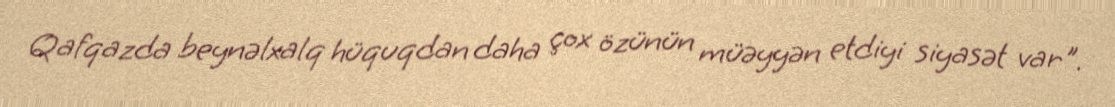
Qafqazda beynəlxalq hüquqdan daha çox özünün müəyyən etdiyi siyasət var".